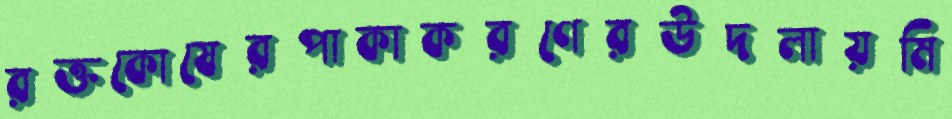
রক্তকোষেরপাকাকরণেরউদলায়মি